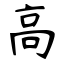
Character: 高